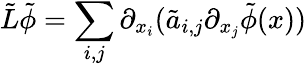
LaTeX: \tilde{L}\tilde{\phi}=\sum_{i,j}\partial_{x_{i}}(\tilde{a}_{i,j}\partial_{x_{j}}\tilde{\phi}(x))